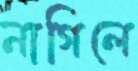
নাগিলে